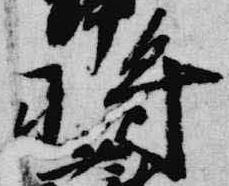
将